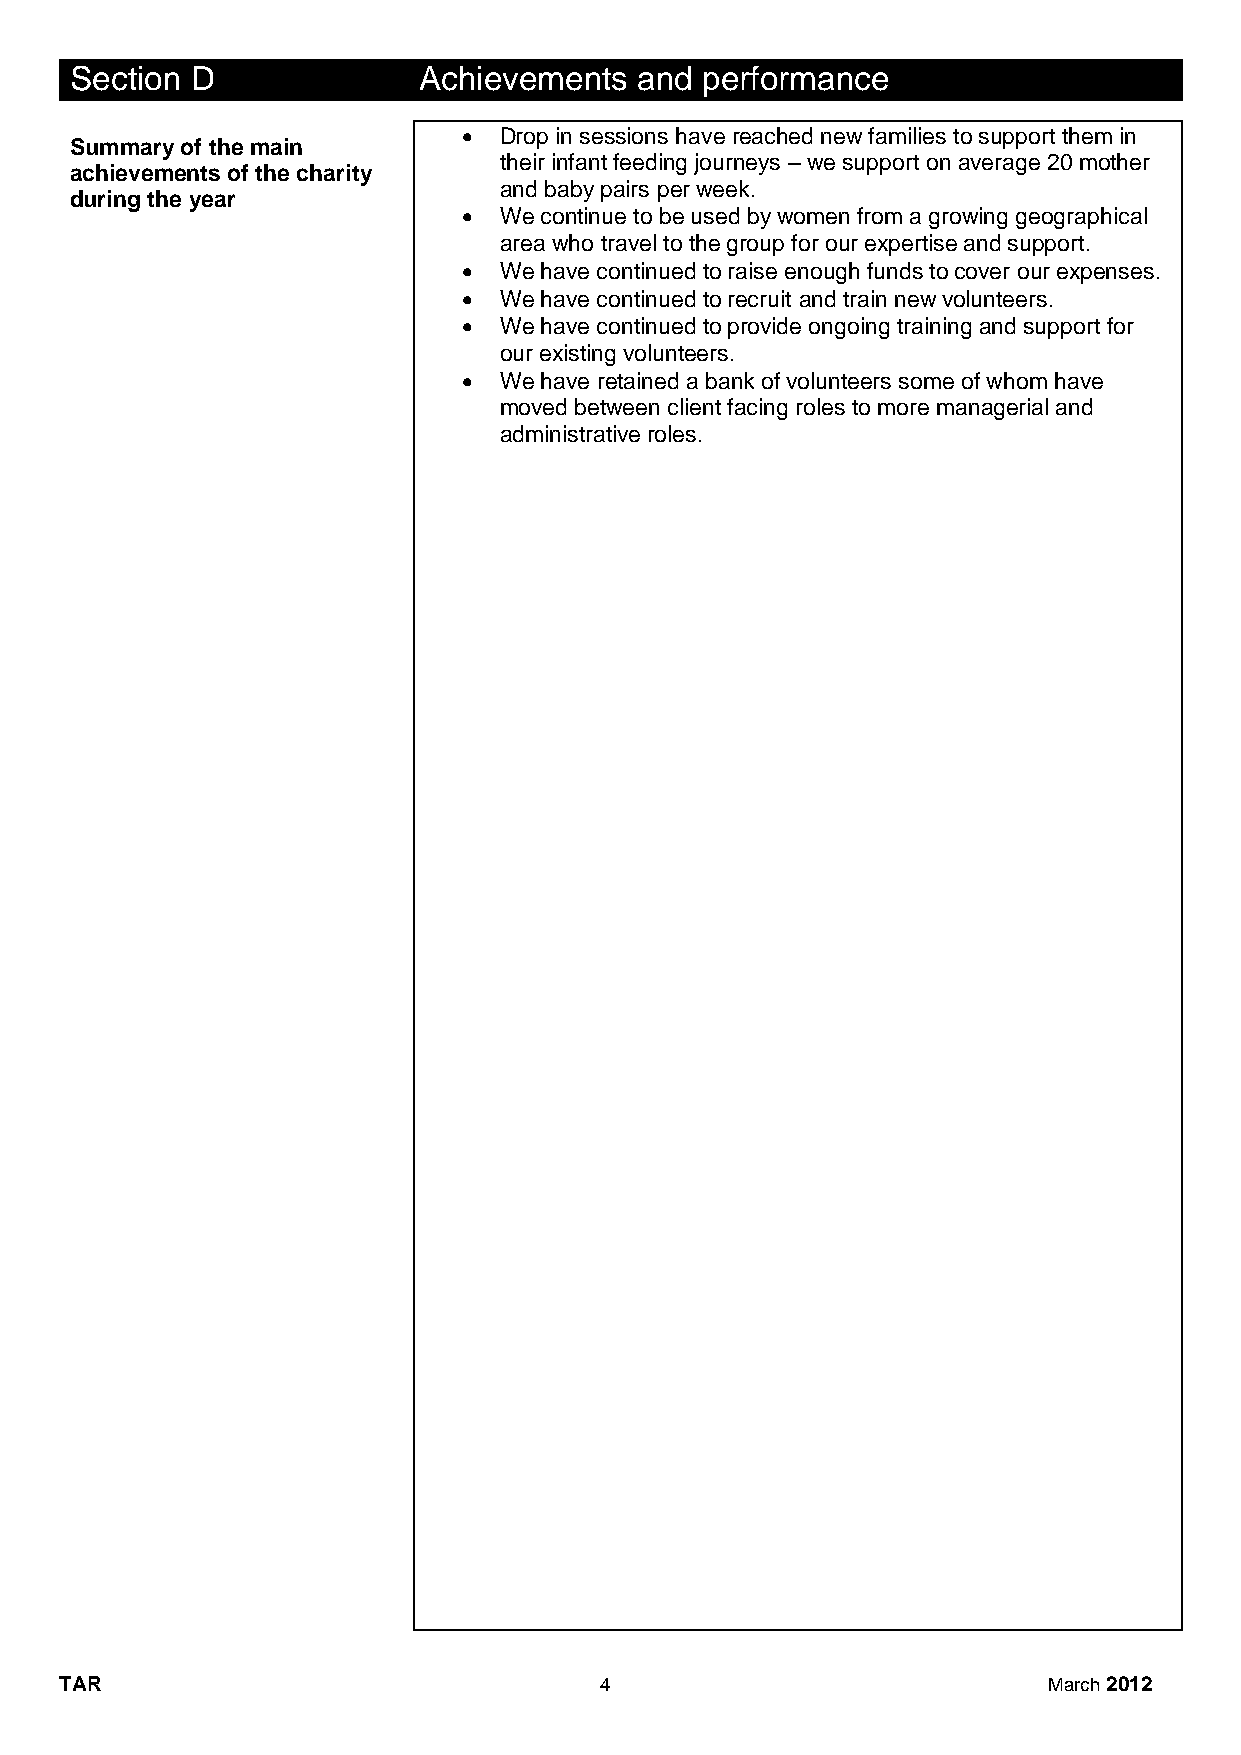
Section D              Achievements  and performance
  Drop in sessions have reached new families to support them in
 Summary of the main
 their infant feeding journeys – we support on average 20 mother
 achievements of the charity
 and baby pairs per week.
 during the year
  We continue to be used by women from a growing geographical
 area who travel to the group for our expertise and support.
  We have continued to raise enough funds to cover our expenses.
  We have continued to recruit and train new volunteers.
  We have continued to provide ongoing training and support for
 our existing volunteers.
  We have retained a bank of volunteers some of whom have
 moved between client facing roles to more managerial and
 administrative roles.
 TAR                                 4                            March 2012